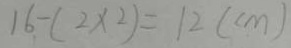
1 6 - ( 2 \times 2 ) = 1 2 ( c m )